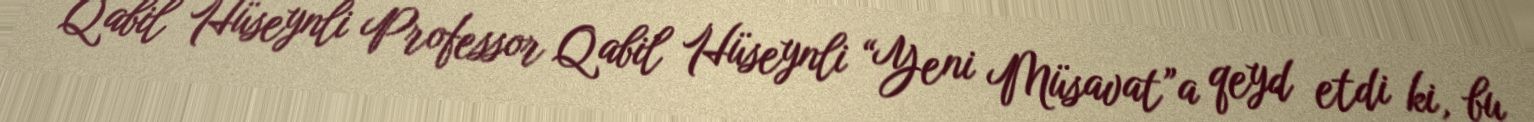
Qabil Hüseynli Professor Qabil Hüseynli “Yeni Müsavat”a qeyd etdi ki, bu